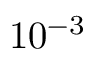
1 0 ^ { - 3 }